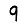
Digit: 9